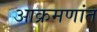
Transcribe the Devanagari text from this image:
आक्रमणांत